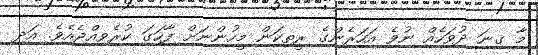
މާ ގިނަ ދުވަހެއް ނުވެ އަހަރެންގެ ރީތިކަން މީހުންނަށް ފާހަގަ ކުރެވިއްޖެއެވެ. އަދި